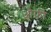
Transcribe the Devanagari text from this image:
औफ़ी